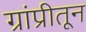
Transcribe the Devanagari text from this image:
ग्रांप्रीतून